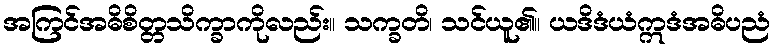
အကြင်အဓိစိတ္တသိက္ခာကိုလည်း။ သက္ခတိ၊ သင်ယူ၏။ ယဒိဒံယံဣဒံအဓိပညံ